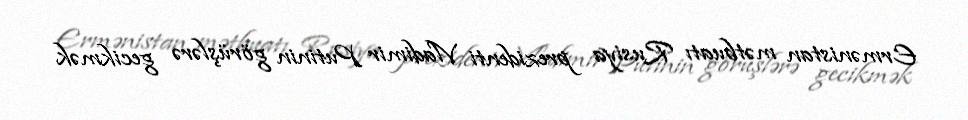
Ermənistan mətbuatı Rusiya prezidenti Vladimir Putinin görüşlərə gecikmək